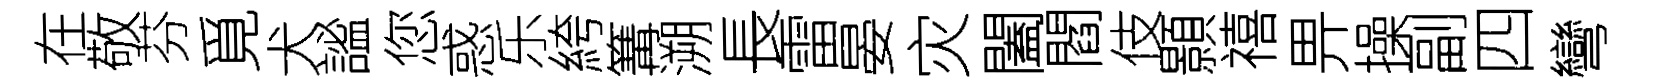
在敬芬覓犬謐您惑乐絝篝溯長雷晏灾闔閻伎顥禧畀操副四彎